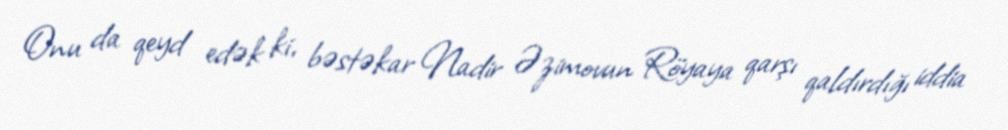
Onu da qeyd edək ki, bəstəkar Nadir Əzimovun Röyaya qarşı qaldırdığı iddia